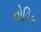
વોરિક